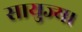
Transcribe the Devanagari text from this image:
सायुज्य।